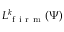
L _ { \mathrm { ~ f ~ i ~ r ~ m ~ } } ^ { k } ( \Psi )